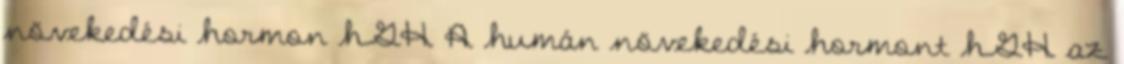
növekedési hormon hGH A humán növekedési hormont hGH az